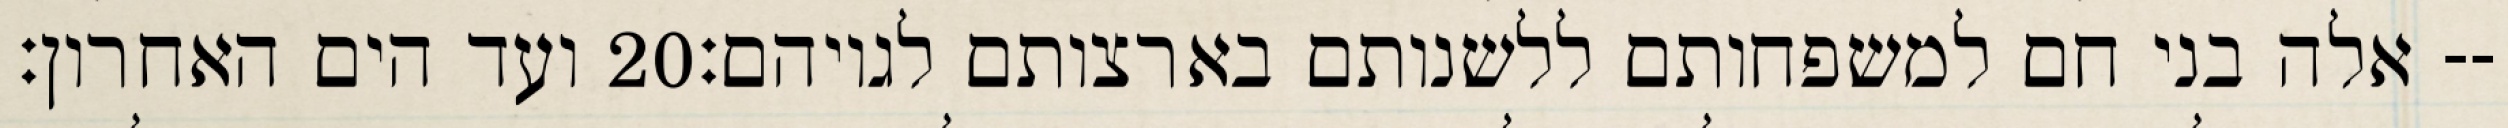
ועד הים האחרון׃ ‎20‏ אלה בני חם למשפחותם ללשנותם בארצותם לגויהם׃--